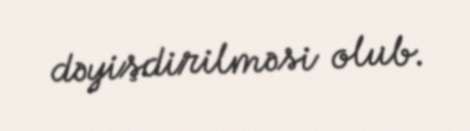
dəyişdirilməsi olub.